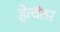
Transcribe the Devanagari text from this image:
हेत्वंतर